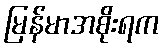
မြန်မာအစိုးရက